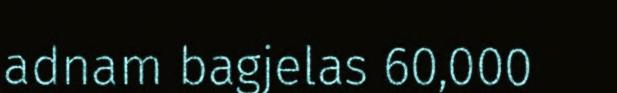
adnam bagjelas 60,000